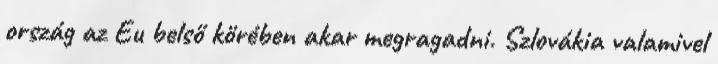
ország az Eu belső körében akar megragadni. Szlovákia valamivel